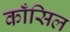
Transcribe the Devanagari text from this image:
काँसिल